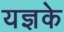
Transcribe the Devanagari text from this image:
यज्ञके